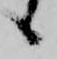
候